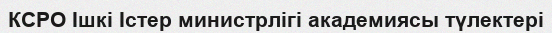
КСРО Ішкі Істер министрлігі академиясы түлектері